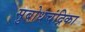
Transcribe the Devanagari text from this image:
सुबोधचंद्रिका